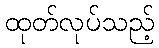
ထုတ်လုပ်သည့်